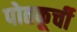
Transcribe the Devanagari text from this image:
पोतकूर्ची